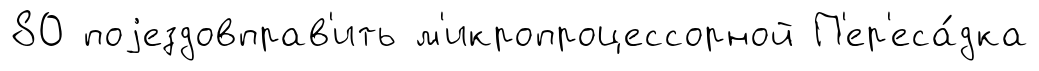
80 поjездовправ'ить м'икропроцессорной П'ер'еса́дка